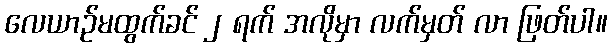
လေယာဉ်မထွက်ခင် ၂ ရက် အလိုမှာ လက်မှတ် လာ ဖြတ်ပါ။